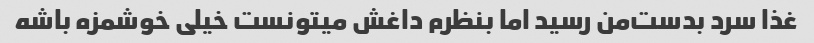
غذا سرد بدست‌من رسید اما بنظرم داغش میتونست خیلی خوشمزه باشه